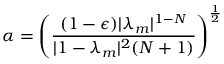
\alpha = \left( \frac { ( 1 - \epsilon ) | \lambda _ { m } | ^ { 1 - N } } { | 1 - \lambda _ { m } | ^ { 2 } ( N + 1 ) } \right) ^ { \frac { 1 } { 2 } }